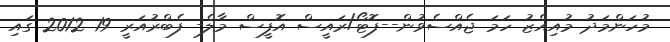
މުހަންމަދު މުއިއްޒު ހަމަ ޖެއްސެވުން--ފޮޓޯ/ރައީސް އޮފީސް މާލެ- ފެބްރުއަރީ 19 2012 ގައި